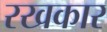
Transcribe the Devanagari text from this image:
रखकार